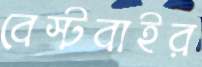
বেস্টবাইর